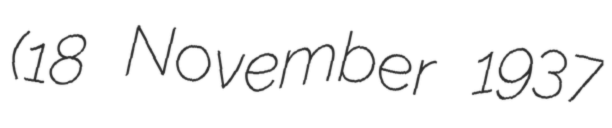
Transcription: (18 November 1937